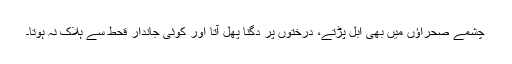
چشمے صحراؤں میں بھی ابل پڑتے، درختوں پر دگنا پھل آتا اور کوئی جاندار قحط سے ہلاک نہ ہوتا۔